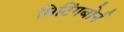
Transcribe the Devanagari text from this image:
सिटिंगबोर्न